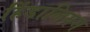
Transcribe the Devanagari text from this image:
हिंडालियम